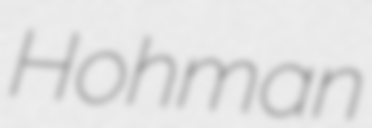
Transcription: Hohman